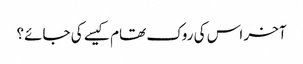
آخر اس کی روک تھام کیسے کی جائے؟